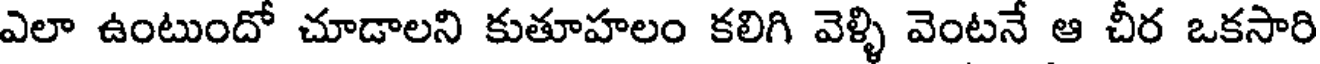
ఎలా ఉంటుందో చూడాలని కుతూహలం కలిగి వెళ్ళి వెంటనే ఆ చీర ఒకసారి